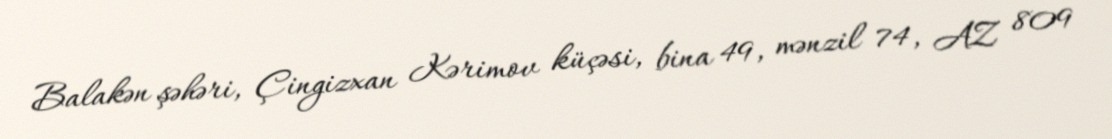
Balakən şəhəri, Çingizxan Kərimov küçəsi, bina 49, mənzil 74, AZ 809